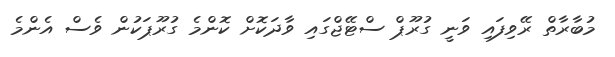
މުބާރާތް ރޭވިފައި ވަނީ ގުރޫޕް ސްޓޭޖްގައި ވާދަކޮށް ކޮންމެ ގުރޫޕަކުން ވެސް އެންމެ